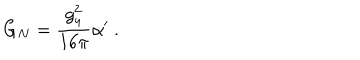
G _ { N } = \frac { g _ { 4 } ^ { 2 } } { 1 6 \pi } \alpha ^ { \prime } \ .